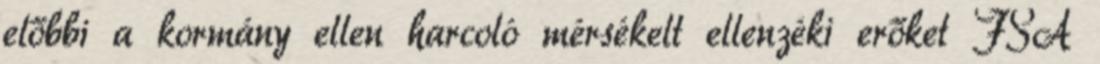
előbbi a kormány ellen harcoló mérsékelt ellenzéki erőket FSA